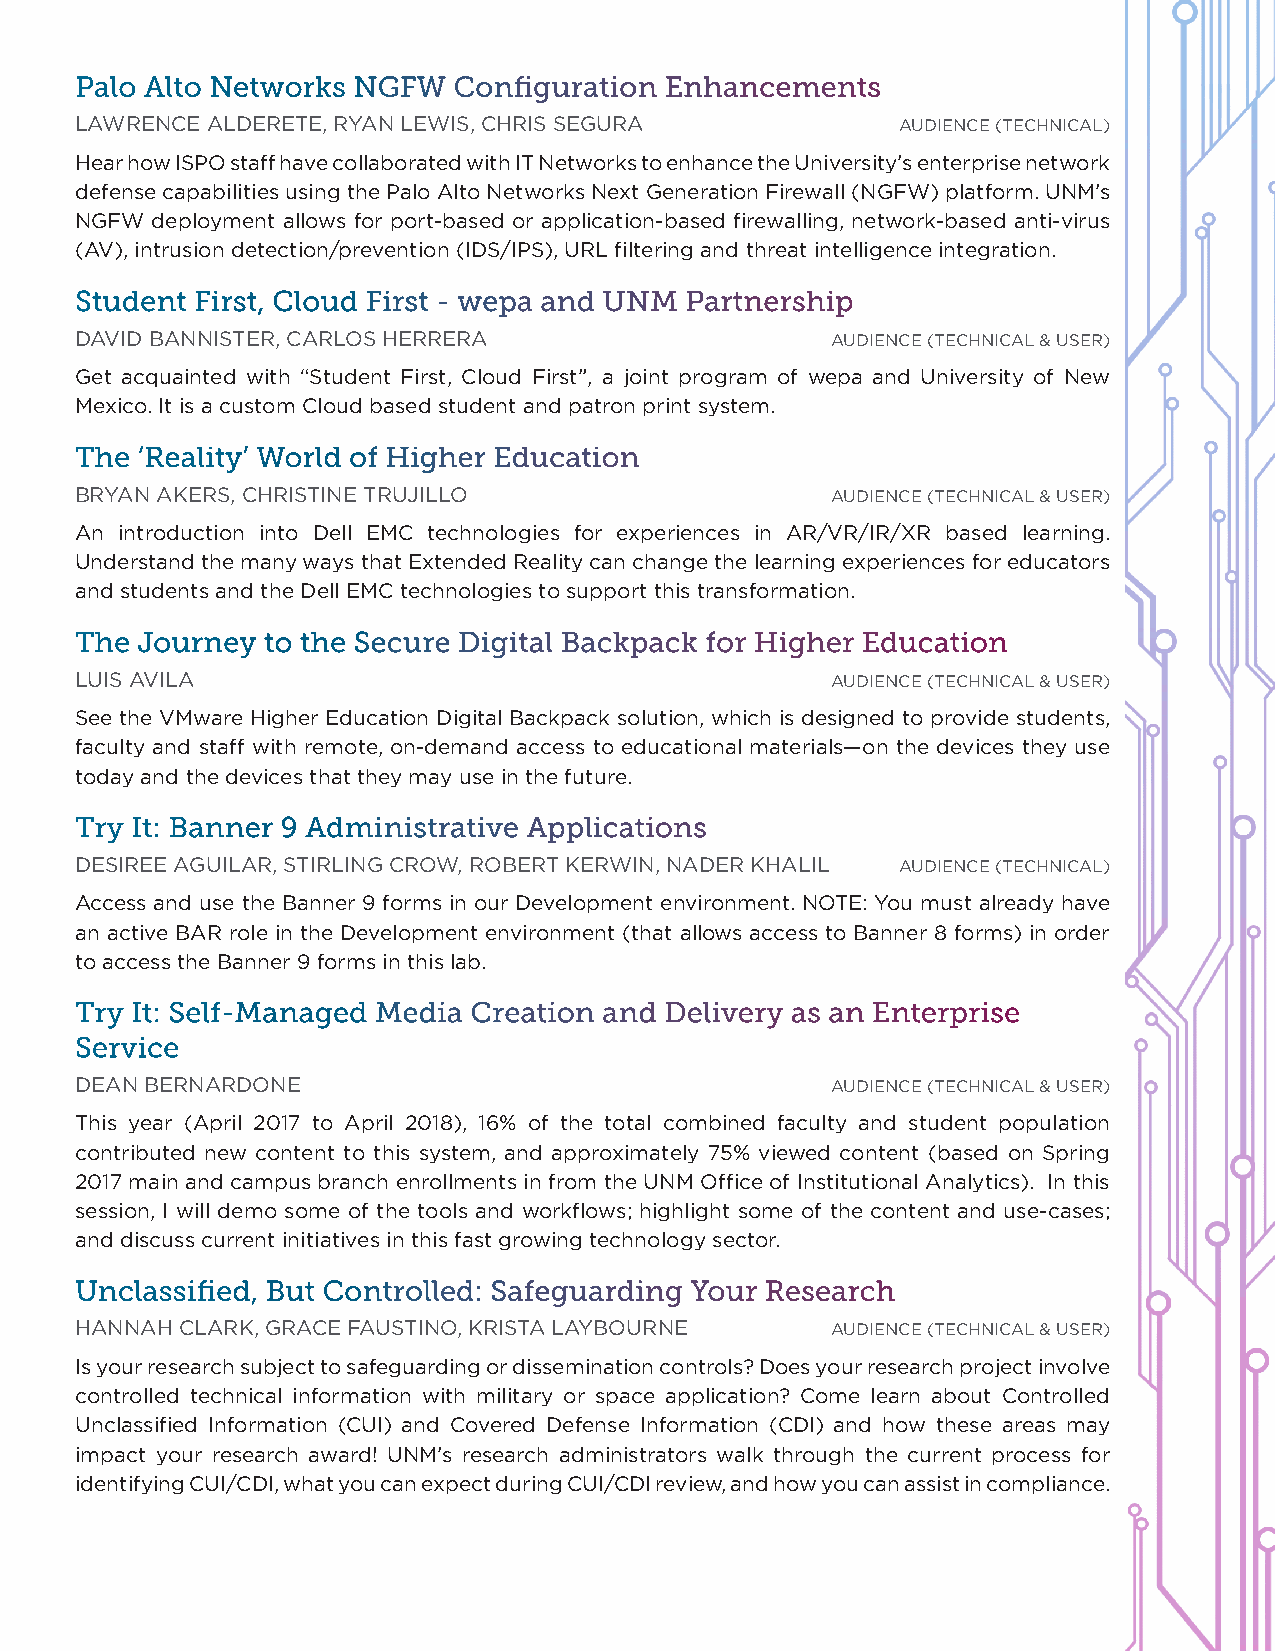
Palo Alto Networks NGFW  Configuration Enhancements
 LAWRENCE ALDERETE, RYAN LEWIS, CHRIS SEGURA            AUDIENCE (TECHNICAL)
 Hear how ISPO staff have collaborated with IT Networks to enhance the University’s enterprise network
 defense capabilities using the Palo Alto Networks Next Generation Firewall (NGFW) platform. UNM’s
 NGFW deployment allows for port-based or application-based firewalling, network-based anti-virus
 (AV), intrusion detection/prevention (IDS/IPS), URL filtering and threat intelligence integration.
 Student First, Cloud First - wepa and UNM Partnership
 DAVID BANNISTER, CARLOS HERRERA                   AUDIENCE (TECHNICAL & USER)
 Get acquainted with “Student First, Cloud First”, a joint program of wepa and University of New
 Mexico. It is a custom Cloud based student and patron print system.
 The ‘Reality’ World of Higher Education
 BRYAN AKERS, CHRISTINE TRUJILLO                   AUDIENCE (TECHNICAL & USER)
 An introduction into Dell EMC technologies for experiences in AR/VR/IR/XR based learning.
 Understand the many ways that Extended Reality can change the learning experiences for educators
 and students and the Dell EMC technologies to support this transformation.
 The Journey to the Secure Digital Backpack for Higher Education
 LUIS AVILA                                        AUDIENCE (TECHNICAL & USER)
 See the VMware Higher Education Digital Backpack solution, which is designed to provide students,
 faculty and staff with remote, on-demand access to educational materials—on the devices they use
 today and the devices that they may use in the future.
 Try It: Banner 9 Administrative Applications
 DESIREE AGUILAR, STIRLING CROW, ROBERT KERWIN, NADER KHALIL AUDIENCE (TECHNICAL)
 Access and use the Banner 9 forms in our Development environment. NOTE: You must already have
 an active BAR role in the Development environment (that allows access to Banner 8 forms) in order
 to access the Banner 9 forms in this lab.
 Try It: Self-Managed Media Creation and Delivery as an Enterprise
 Service
 DEAN BERNARDONE                                   AUDIENCE (TECHNICAL & USER)
 This year (April 2017 to April 2018), 16% of the total combined faculty and student population
 contributed new content to this system, and approximately 75% viewed content (based on Spring
 2017 main and campus branch enrollments in from the UNM Office of Institutional Analytics). In this
 session, I will demo some of the tools and workflows; highlight some of the content and use-cases;
 and discuss current initiatives in this fast growing technology sector.
 Unclassified, But Controlled: Safeguarding Your Research
 HANNAH CLARK, GRACE FAUSTINO, KRISTA LAYBOURNE    AUDIENCE (TECHNICAL & USER)
 Is your research subject to safeguarding or dissemination controls? Does your research project involve
 controlled technical information with military or space application? Come learn about Controlled
 Unclassified Information (CUI) and Covered Defense Information (CDI) and how these areas may
 impact your research award! UNM’s research administrators walk through the current process for
 identifying CUI/CDI, what you can expect during CUI/CDI review, and how you can assist in compliance.